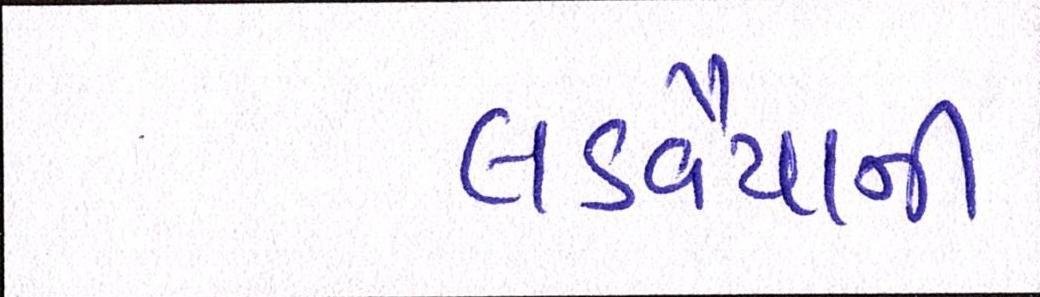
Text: લડવૈયાની